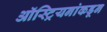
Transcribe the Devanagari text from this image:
ऑस्ट्रियनांकडून